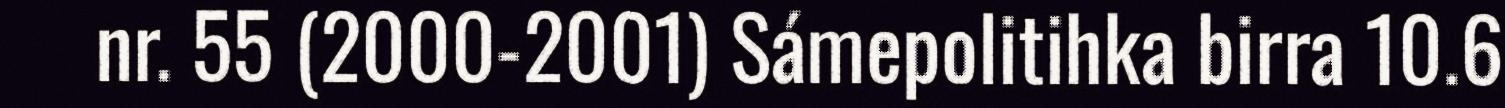
nr. 55 (2000-2001) Sámepolitihka birra 10.6